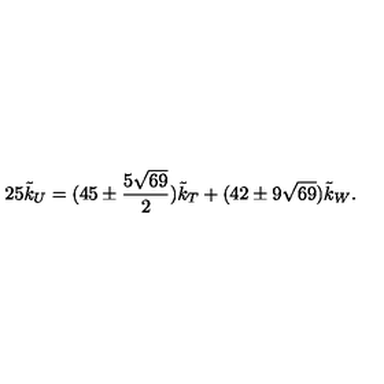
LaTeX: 2 5 { \tilde { k } _ { U } } = ( 4 5 \pm \frac { 5 \sqrt { 6 9 } } { 2 } ) \tilde { k } _ { T } + ( 4 2 \pm 9 \sqrt { 6 9 } ) \tilde { k } _ { W } .